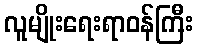
လူမျိုးရေးရာဝန်ကြီး